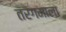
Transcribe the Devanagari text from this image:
तरंगमाला